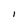
Character: I